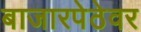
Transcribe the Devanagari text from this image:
बाजारपेठेवर